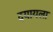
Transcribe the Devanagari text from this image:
दयायला